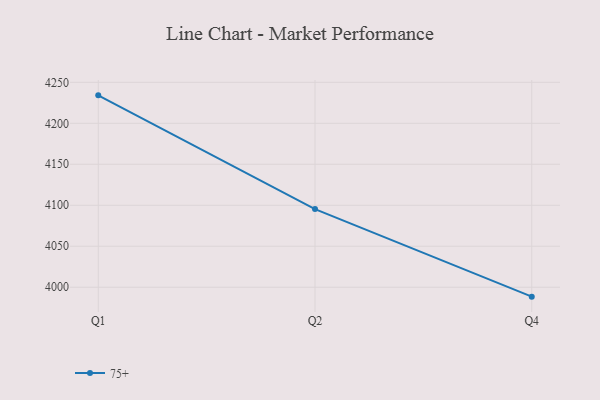
{"axis": {"x": "Quarter", "y": "Temperature (°C)"}, "legend": ["75+"], "data": [{"x": "Q1", "y": 4234.1, "type": "75+"}, {"x": "Q2", "y": 4095.3, "type": "75+"}, {"x": "Q4", "y": 3988.5, "type": "75+"}]}